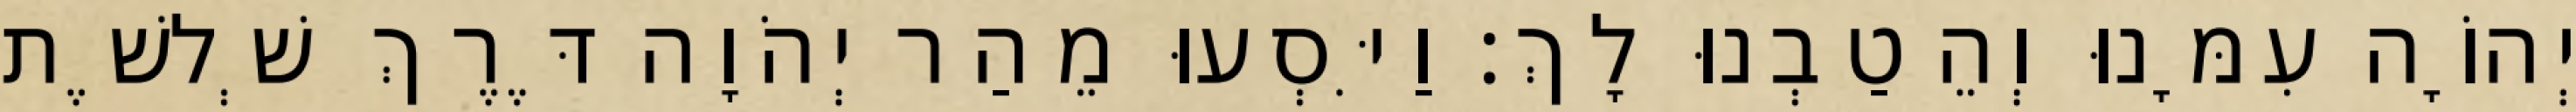
יְהוָֹה עִמָּנוּ וְהֵטַבְנוּ לָךְ׃ וַיִּסְעוּ מֵהַר יְהֹוָה דֶּרֶךְ שְׁלשֶׁת